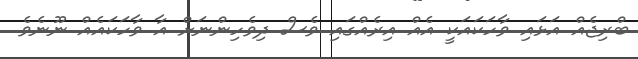
ބްރިޖެއް އަޅައި ވާހަކައަކީ އެއް އިރެއްގައި ވެސް ދިވެހިންނަށް އާ ވާހަކައެއް ނޫނެވެ.